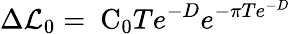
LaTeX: \Delta{\cal L}_{0}=\mathrm{\mathit~C}_{0}Te^{-D}e^{-\pi Te^{-D}}